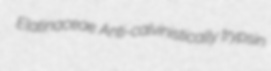
Elatinaceae Anti-calvinistically trypsin